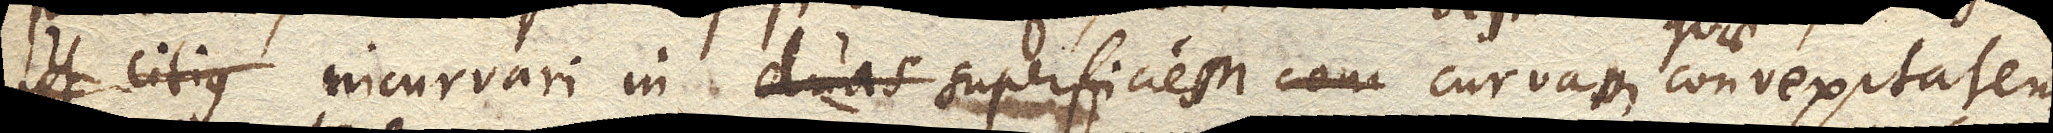
ut citius incurvari in duas superficies curvas convexitatem